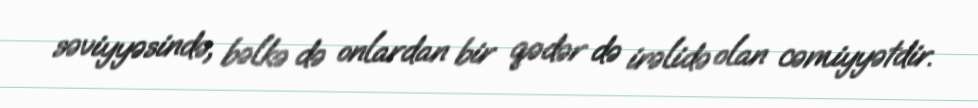
səviyyəsində, bəlkə də onlardan bir qədər də irəlidə olan cəmiyyətdir.